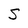
Character: S